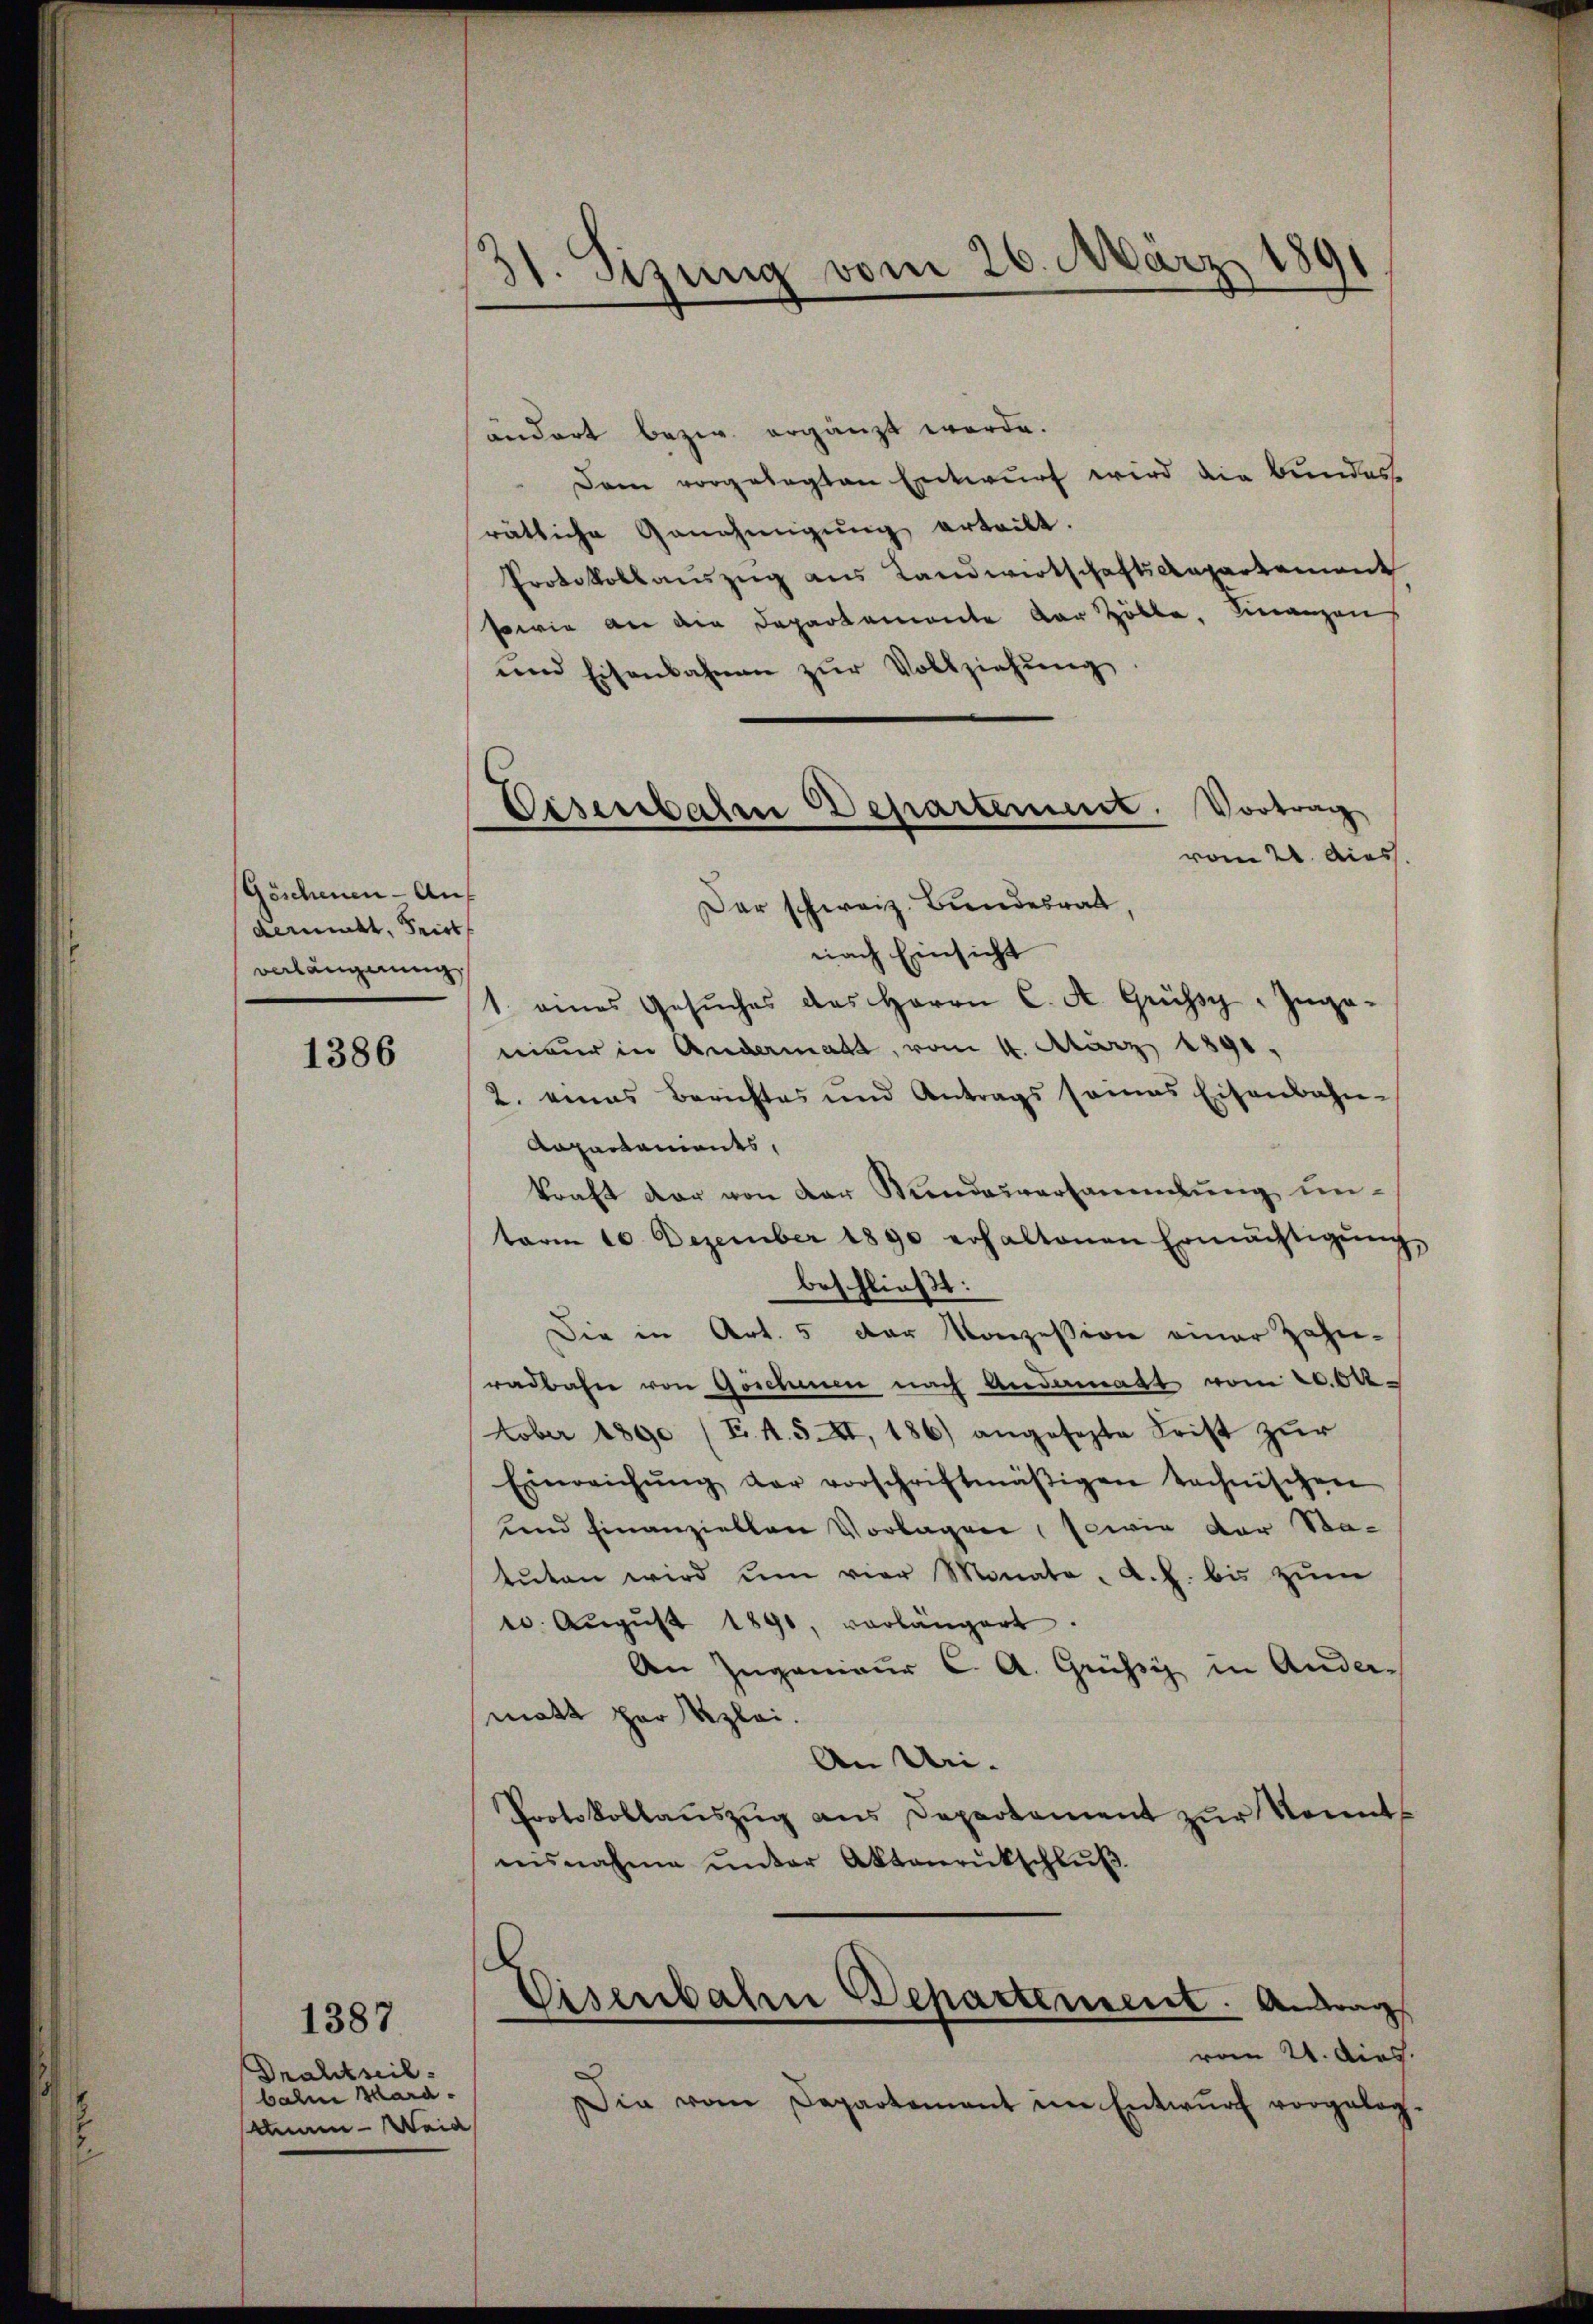
Göschenen - Auf
demüht, Frist
verlängerung

1386

1387.
Drahtseil.
bahne Mara-
Annen - Weid

31. Szung vom 26. März 1891

Disenbahre Departement.

ändert bezw. ergänzt werde.
Dann vorgelegten Entwurf wird die Bundes
rätliche Genehmigŭng erteilt.
Protokollauszug aus Landwirtschaftsaepartement
sowie an der Departemente der Hölle, Finanzen
und Eisenbahnen zŭr Vollziehung
Vortrag
vom 21. Acass.
Der schweiz. Bundesrat,
nach Einsicht
1. eines Gesŭches das Herrn C. A. Grüssy- Inga-
niver in Andermatt, vom 4. März 1891,
2. eines Berichtes und Antrags somas Eisenbahn-
Aapartanients,
kraft der von der Kundesversammlung unterm 10. Dezember 1890 erhaltenen Ermächtigŭng
beschließt:
Die in Art. 5 der Konzession einer Zahn-
radbahne von Göschenen nach Andermatt vom 20.0k
tober 1890 (E. A. S. XI, 186) angesezte Frist zŭr
Einreichŭng der vorschriftmäßigen technischen
und hinanziellen Vorlagen, sowie der Ba-
tŭten wird um vier Monate, d. h. bis zum
10. Aŭgŭst 1890, vorlängert.
An Ingenieur C. A. Grüssig in Ander-
matt par Kzlei.
An Uri.
Protokollaŭszŭg ans Departament zŭr Konnt
insnahme ŭnter Aktenrückschlŭβ

Eisenbahn Departement. Antrag

vom 21. dies
Die vom Departement im Entwurf vorgeleg¬